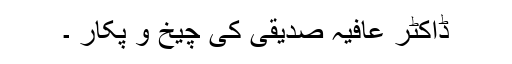
ڈاکٹر عافیہ صدیقی کی چیخ و پکار ۔